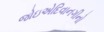
જોઇએદિવાનગીનો